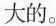
大的。